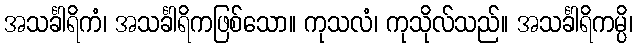
အသင်္ခါရိကံ၊ အသင်္ခါရိကဖြစ်သော။ ကုသလံ၊ ကုသိုလ်သည်။ အသင်္ခါရိကမ္ပိ၊